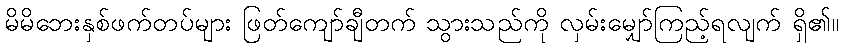
မိမိဘေးနှစ်ဖက်တပ်များ ဖြတ်ကျော်ချီတက် သွားသည်ကို လှမ်းမျှော်ကြည့်ရလျက် ရှိ၏။